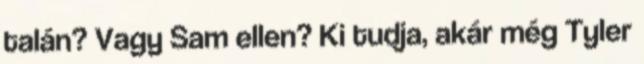
talán? Vagy Sam ellen? Ki tudja, akár még Tyler